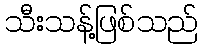
သီးသန့်ဖြစ်သည်